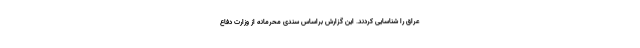
عراق را شناسایی کردند. این گزارش براساس سندی محرمانه از وزارت دفاع